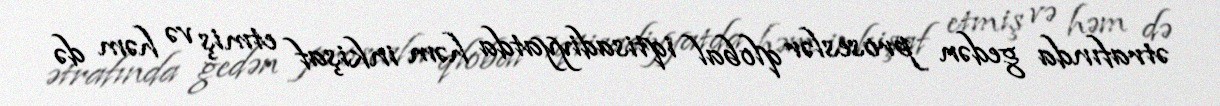
ətrafında gedən proseslər qlobal iqtisadiyyatda həm inkişaf etmiş və həm də